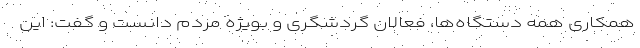
همکاری همه دستگاه‌ها، فعالان گردشگری و بویژه مردم دانست و گفت: این